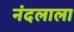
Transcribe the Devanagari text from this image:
नंदलाला